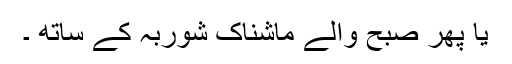
یا پھر صبح والے ماشناک شوربہ کے ساتھ ۔